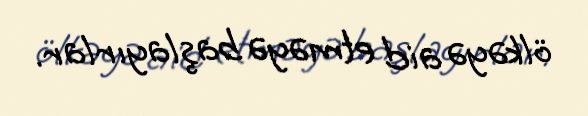
ölkəyə aid etməyə başlayırlar.